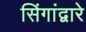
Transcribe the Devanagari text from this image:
सिंगांद्वारे